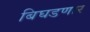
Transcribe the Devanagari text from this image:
बिघडणार